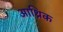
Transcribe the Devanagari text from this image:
आथ्रिक